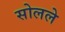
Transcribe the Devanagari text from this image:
सोलले